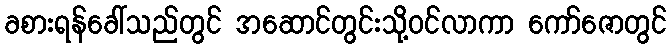
ခစားရန်ခေါ်သည်တွင် အဆောင်တွင်းသို့ဝင်လာကာ ကော်ဇောတွင်